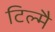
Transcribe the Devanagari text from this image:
टिल्मै